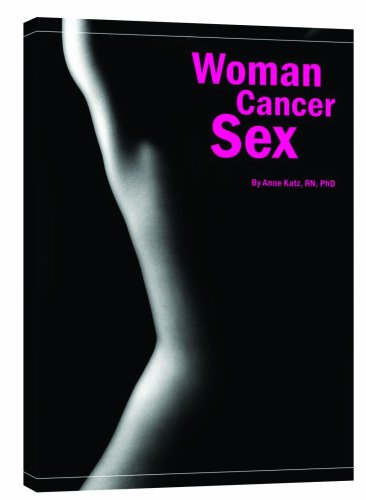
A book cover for Woman Cancer Sex; Anne Katz; Health, Fitness & Dieting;